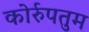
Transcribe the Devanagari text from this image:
कोर्रुपतुम